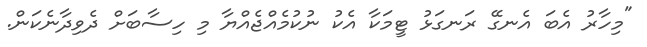
"މިހާރު އެބަ އެނގޭ ރަނގަޅު ޓީމަކާ އެކު ނުކުމެއްޖެއްޔާ މި ހިސާބަށް ދެވިދާނެކަން.